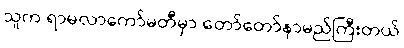
သူက ရာမလာကော်မတီမှာ တော်တော်နာမည်ကြီးတယ်